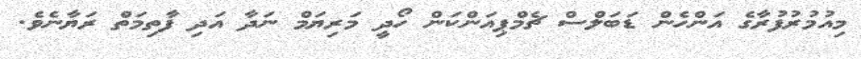
މިއުމުރުފުރާގެ އަންހެން ޑަބަލްސް ޗެމްޕިއަންކަން ހޯދީ މަރިޔަމް ނަދާ އަދި ފާތިމަތް ރަޔާނެވެ.